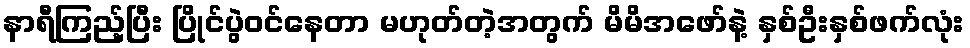
နာရီကြည့်ပြီး ပြိုင်ပွဲဝင်နေတာ မဟုတ်တဲ့အတွက် မိမိအဖော်နဲ့ နှစ်ဦးနှစ်ဖက်လုံး